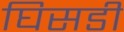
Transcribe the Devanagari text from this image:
घिसडी